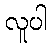
လူပါ